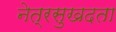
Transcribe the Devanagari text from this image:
नेत्रसुखदता